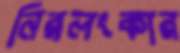
নিরলংকার